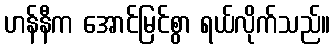
ဟန်နီက အောင်မြင်စွာ ရယ်လိုက်သည်။